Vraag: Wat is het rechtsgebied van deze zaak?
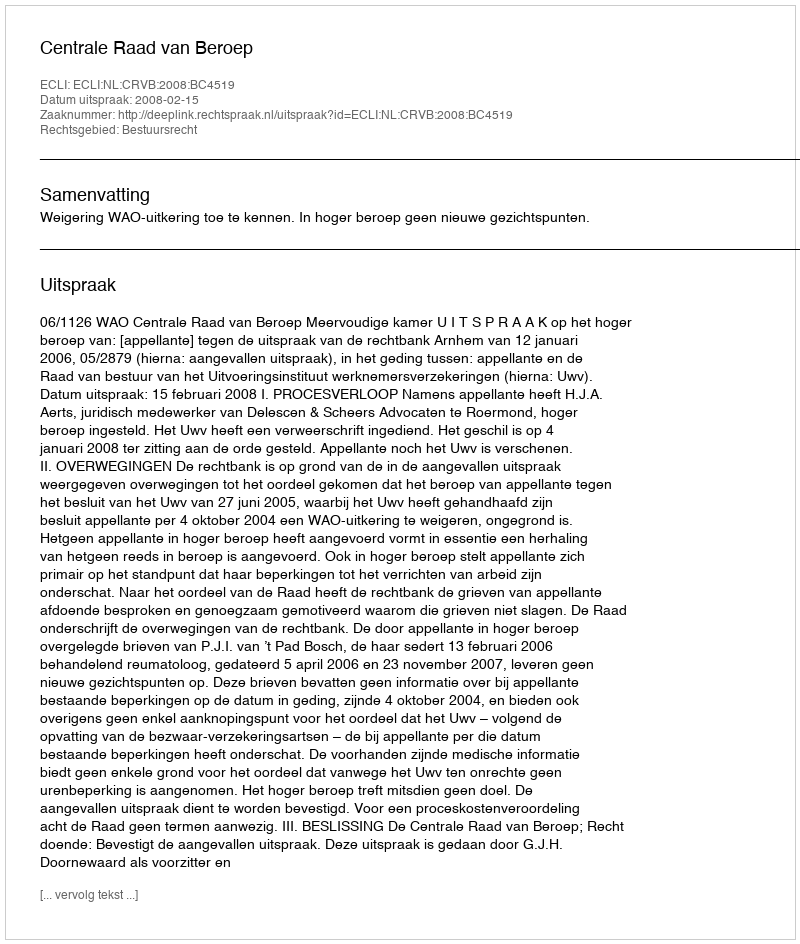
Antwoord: Bestuursrecht